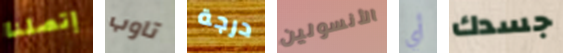
إتصلنا تاوب درجة الأنسولين أي جسدك